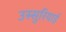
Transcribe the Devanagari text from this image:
उस्सुरियाई